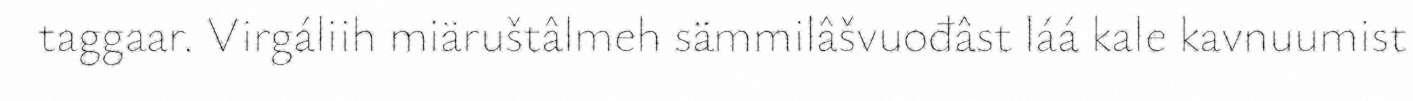
taggaar. Virgáliih miäruštâlmeh sämmilâšvuođâst láá kale kavnuumist